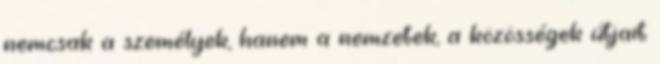
nemcsak a személyek, hanem a nemzetek, a közösségek útjait